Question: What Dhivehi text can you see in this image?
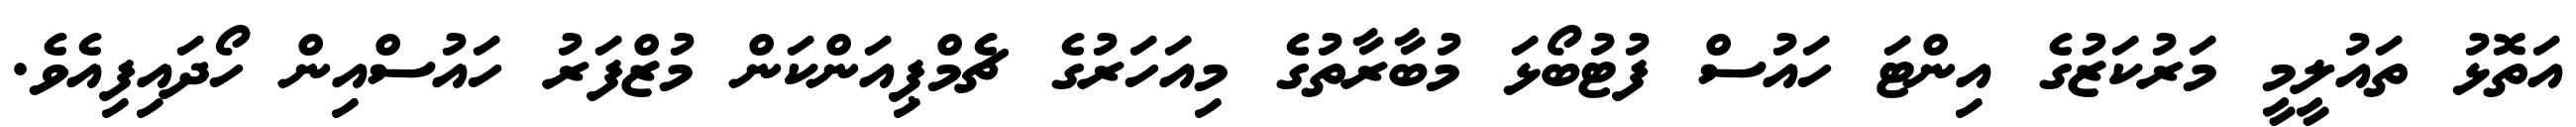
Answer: އަތޮޅު ތައުލީމީ މަރުކަޒުގެ އިންޓަ ހައުސް ފުޓުބޯޅަ މުބާރާތުގެ މިއަހަރުގެ ޗެމްޕިއަންކަން މުޒްފަރު ހައުސްއިން ހޯދައިފިއެވެ.